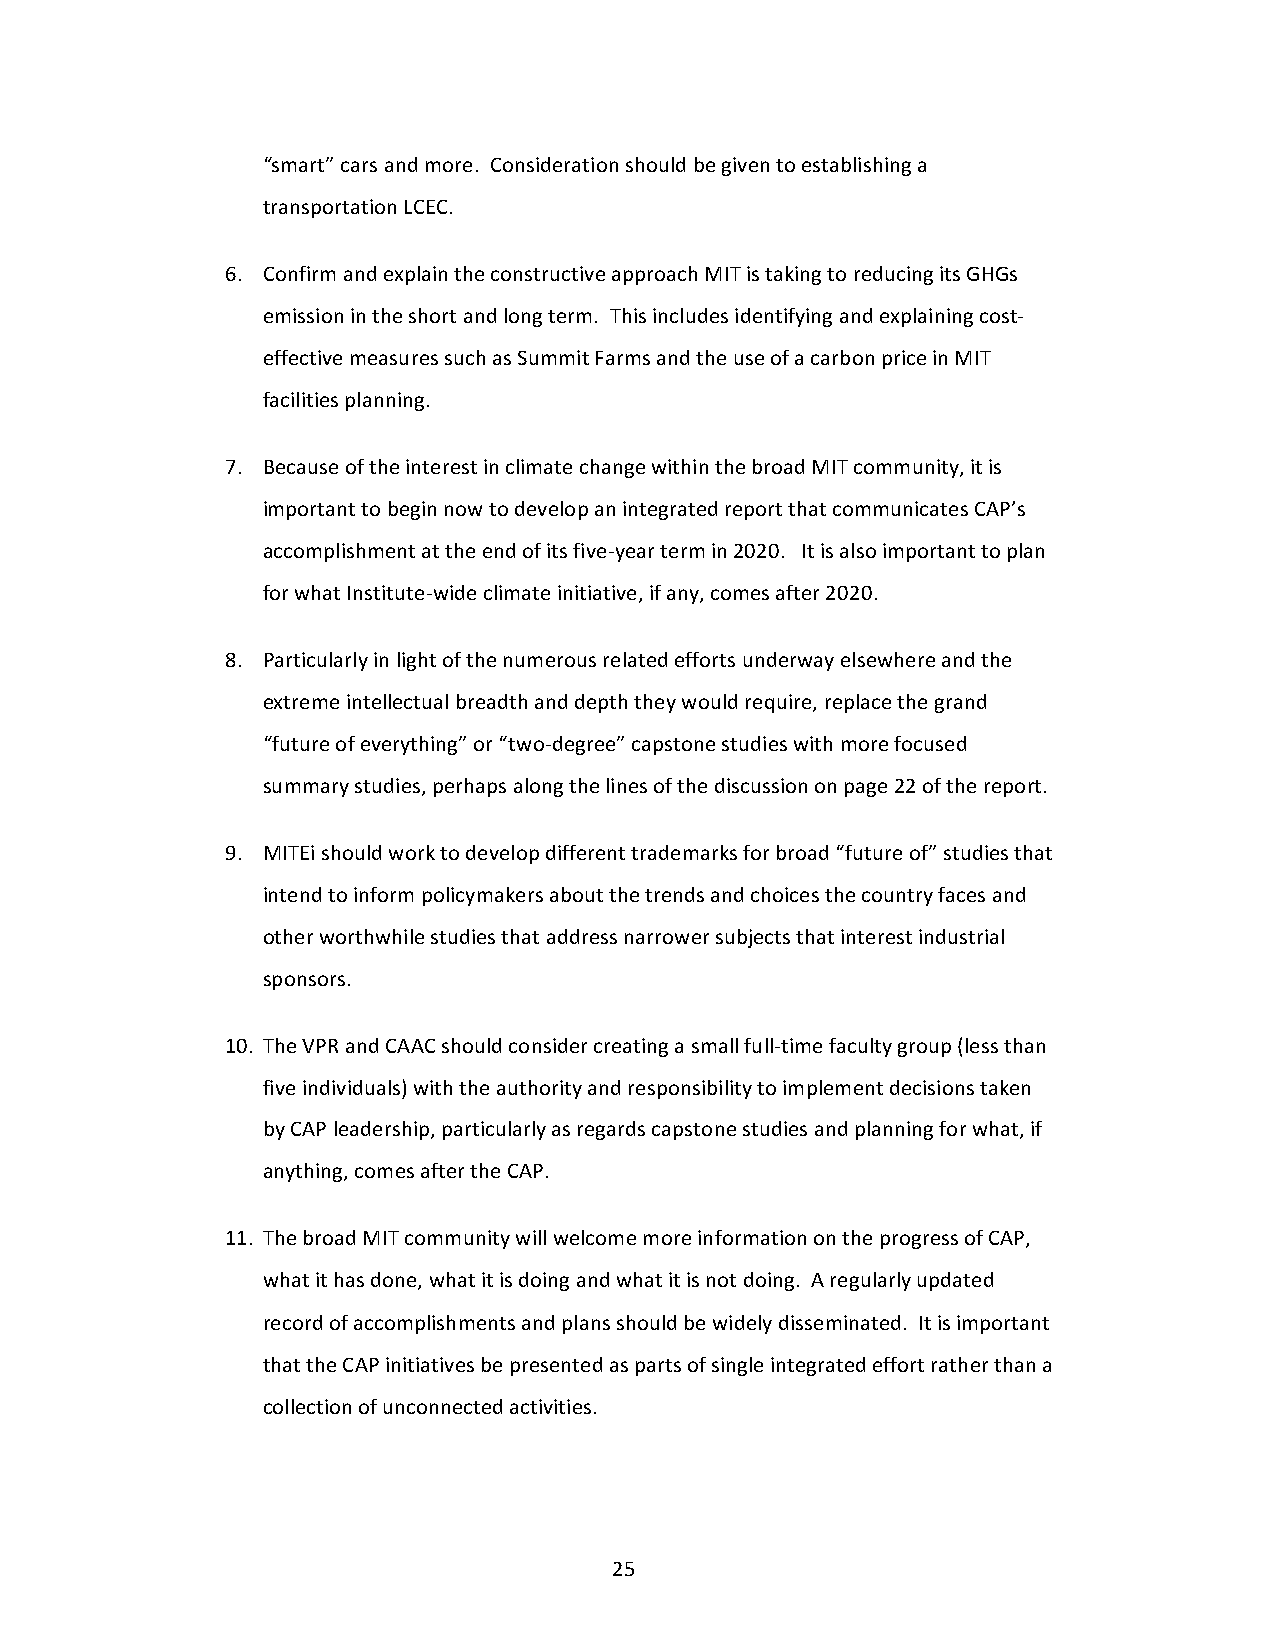
“smart” cars and more. Consideration should be given to establishing a
 transportation LCEC.
 6. Confirm and explain the constructive approach MIT is taking to reducing its GHGs
 emission in the short and long term. This includes identifying and explaining cost-
 effective measures such as Summit Farms and the use of a carbon price in MIT
 facilities planning.
 7. Because of the interest in climate change within the broad MIT community, it is
 important to begin now to develop an integrated report that communicates CAP’s
 accomplishment at the end of its five-year term in 2020. It is also important to plan
 for what Institute-wide climate initiative, if any, comes after 2020.
 8. Particularly in light of the numerous related efforts underway elsewhere and the
 extreme intellectual breadth and depth they would require, replace the grand
 “future of everything” or “two-degree” capstone studies with more focused
 summary studies, perhaps along the lines of the discussion on page 22 of the report.
 9. MITEi should work to develop different trademarks for broad “future of” studies that
 intend to inform policymakers about the trends and choices the country faces and
 other worthwhile studies that address narrower subjects that interest industrial
 sponsors.
 10. The VPR and CAAC should consider creating a small full-time faculty group (less than
 five individuals) with the authority and responsibility to implement decisions taken
 by CAP leadership, particularly as regards capstone studies and planning for what, if
 anything, comes after the CAP.
 11. The broad MIT community will welcome more information on the progress of CAP,
 what it has done, what it is doing and what it is not doing. A regularly updated
 record of accomplishments and plans should be widely disseminated. It is important
 that the CAP initiatives be presented as parts of single integrated effort rather than a
 collection of unconnected activities.
 25